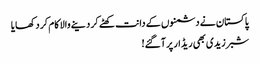
پاکستان نے دشمنوں کے دانت کھٹے کر دینے والا کام کر د کھایا
شبر زیدی بھی ریڈار پر آگئے!